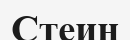
Стеин